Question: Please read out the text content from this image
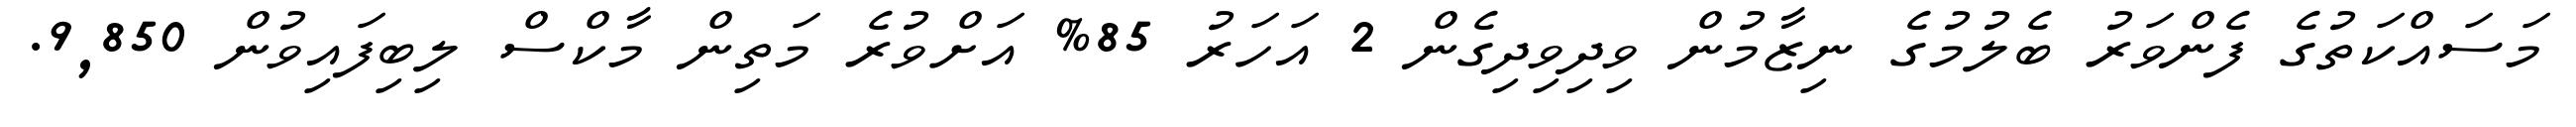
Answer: މަސައްކަތުގެ ފެންވަރު ބެލުމުގެ ނިޒާމުން ވިދިވިދިގެން 2 އަހަރު 85% އަށްވުރެ މަތިން މާކްސް ލިބިފައިވުން 9,850.